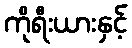
ကိုရီးယားနှင့်